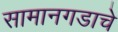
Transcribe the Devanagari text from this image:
सामानगडाचे